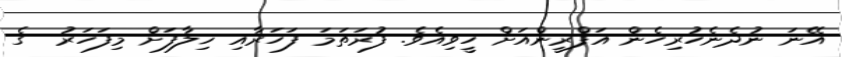
އޭނަ ނުދެނެހުރިހެން އަފްރީންއަށް ހީވިއެވެ. ފުރަތަމަ ފަހަރާއި ޚިލާފަށް މިފަހަރު  ގެ